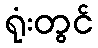
ရုံးတွင်